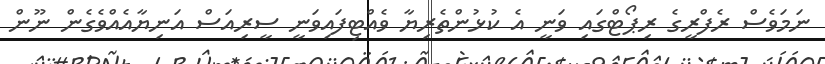
ނަމަވެސް ރެފްރީގެ ރިޕޯޓްގައި ވަނީ އެ ކުޅުންތެރިޔާ ވެއްޓިފައިވަނީ ސީރިއަސް އަނިޔާއެއްވެގެން ނޫން